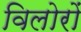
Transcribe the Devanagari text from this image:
विलोरों